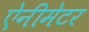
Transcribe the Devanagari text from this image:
ऐनीमेटर